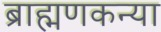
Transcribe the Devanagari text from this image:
ब्राह्मणकन्या